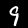
Label: 9